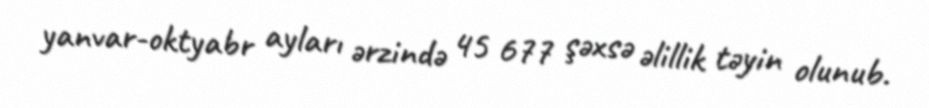
yanvar-oktyabr ayları ərzində 45 677 şəxsə əlillik təyin olunub.